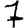
Digit: 7